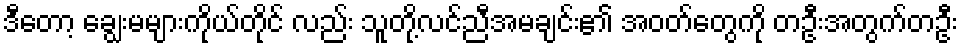
ဒီတော့ ချွေးမများကိုယ်တိုင် လည်း သူတို့လင်ညီအမချင်း၏ အဝတ်တွေကို တဦးအတွက်တဦး